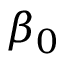
\beta _ { 0 }